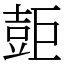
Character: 壾